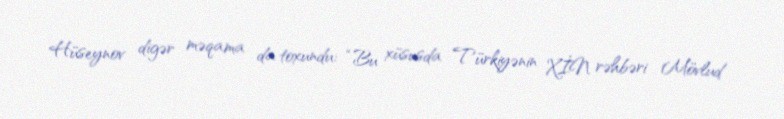
Hüseynov digər məqama da toxundu: “Bu xüsusda Türkiyənin XİN rəhbəri Mövlud